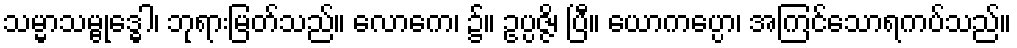
သမ္မာသမ္ဗုဒ္ဓေါ၊ ဘုရားမြတ်သည်။ လောကေ၊ ၌။ ဥပ္ပဇ္ဇိ၊ ပြီ။ ယောကပ္ပော၊ အကြင်သောရကပ်သည်။